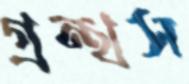
গ্রন্থস